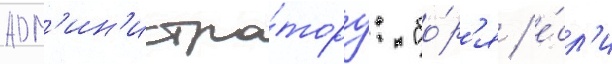
адм'ин'истра́тору: "бо́р'я / е́сл'и